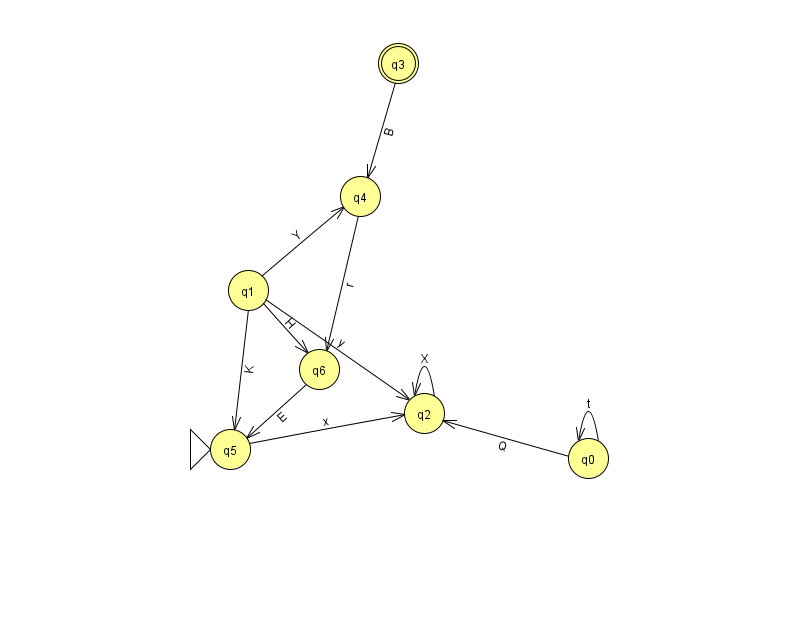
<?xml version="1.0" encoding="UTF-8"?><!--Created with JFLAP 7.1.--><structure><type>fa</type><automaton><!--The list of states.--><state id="0" name="q0"><x>588.0</x><y>445.0</y></state><state id="1" name="q1"><x>248.0</x><y>277.0</y></state><state id="2" name="q2"><x>424.0</x><y>400.0</y></state><state id="3" name="q3"><x>398.0</x><y>50.0</y><final/></state><state id="4" name="q4"><x>360.0</x><y>183.0</y></state><state id="5" name="q5"><x>230.0</x><y>436.0</y><initial/></state><state id="6" name="q6"><x>319.0</x><y>356.0</y></state><!--The list of transitions.--><transition><from>1</from><to>6</to><read>H</read></transition><transition><from>0</from><to>0</to><read>t</read></transition><transition><from>0</from><to>2</to><read>Q</read></transition><transition><from>2</from><to>2</to><read>X</read></transition><transition><from>5</from><to>2</to><read>x</read></transition><transition><from>1</from><to>5</to><read>K</read></transition><transition><from>1</from><to>2</to><read>y</read></transition><transition><from>3</from><to>4</to><read>B</read></transition><transition><from>4</from><to>6</to><read>r</read></transition><transition><from>1</from><to>4</to><read>Y</read></transition><transition><from>6</from><to>5</to><read>E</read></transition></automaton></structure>